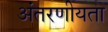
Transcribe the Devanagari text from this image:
अंतरणीयता